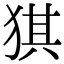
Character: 猉